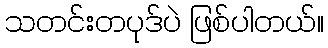
သတင်းတပုဒ်ပဲ ဖြစ်ပါတယ်။